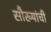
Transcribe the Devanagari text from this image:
सौख्यांची